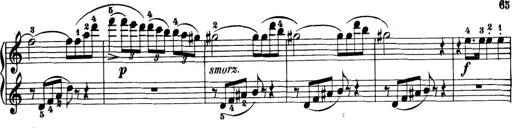
Title: 32 Sonatinas and Rondos for the Piano
Composer: Richard Kleinmichel